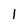
Character: I